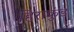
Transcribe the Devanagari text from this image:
हिराकुंड